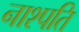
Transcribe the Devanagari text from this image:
नाश्पति